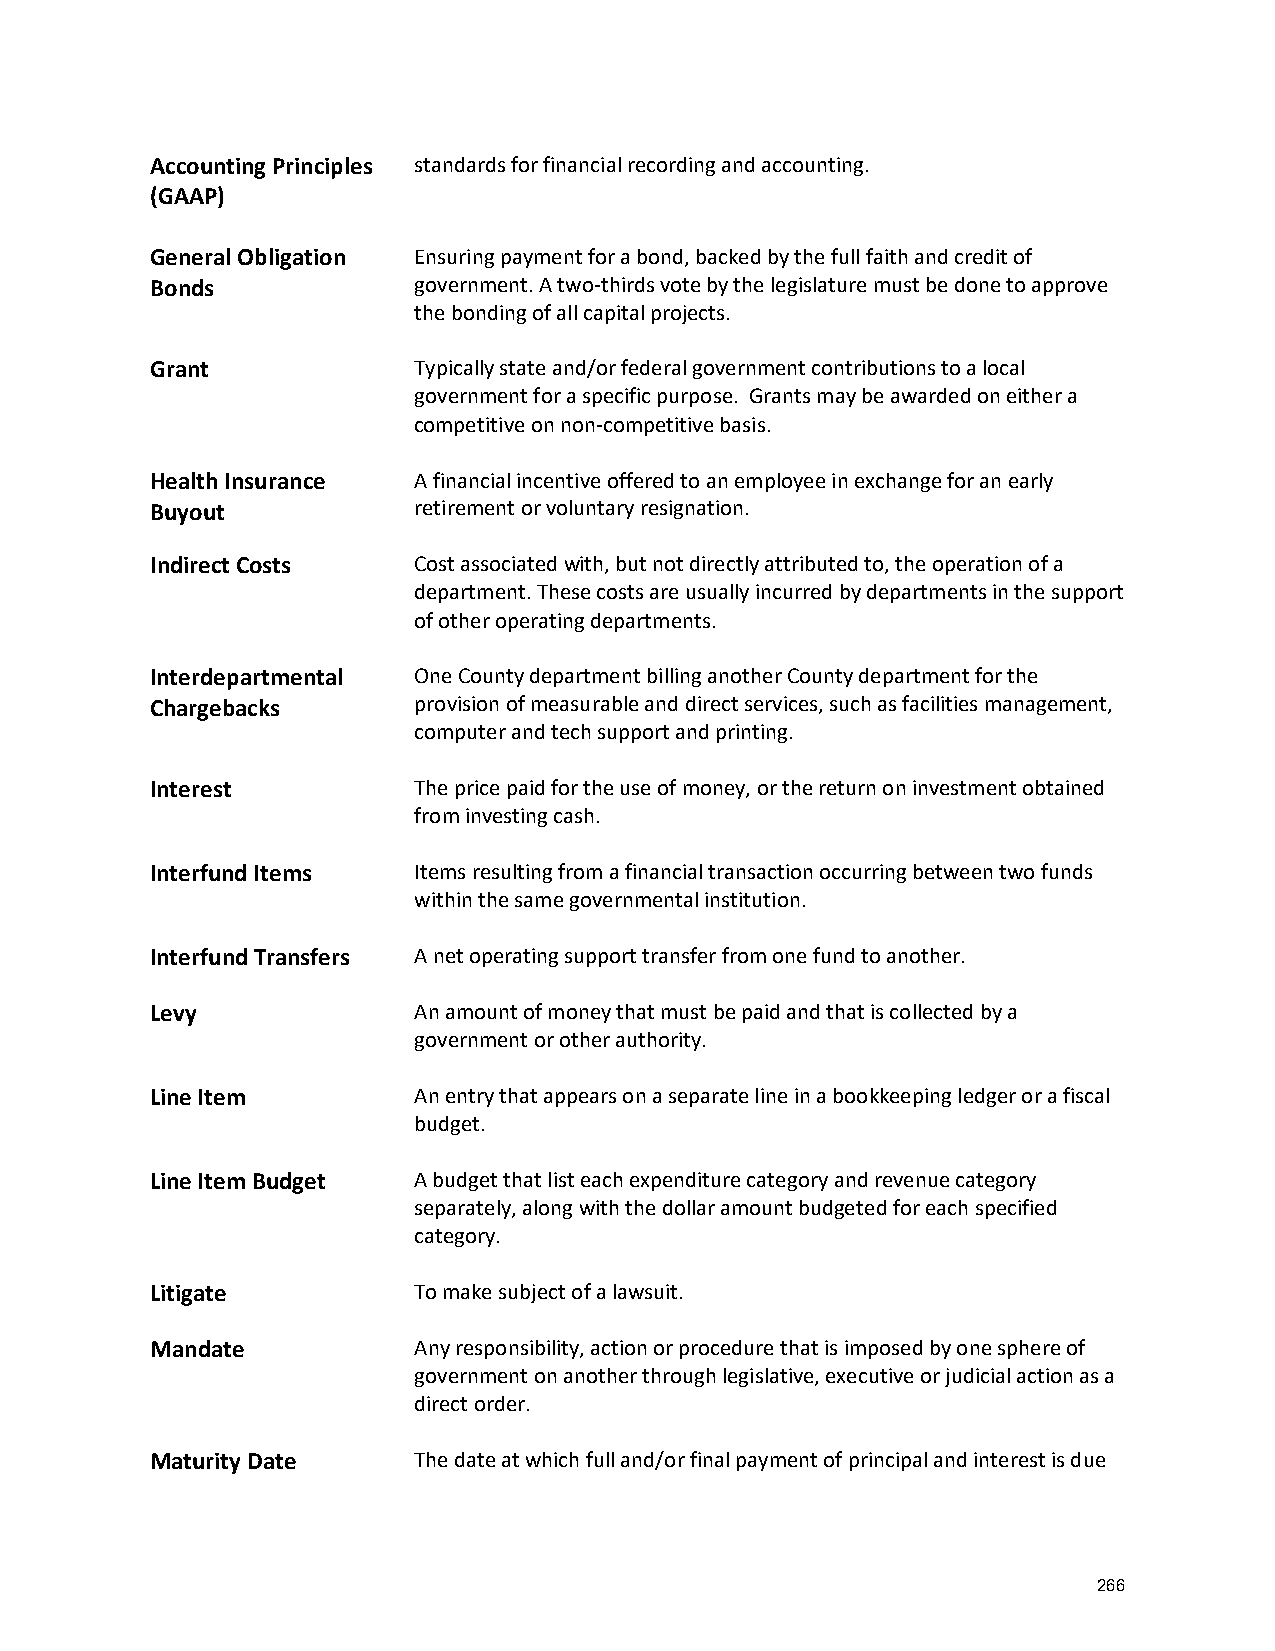
Accounting Principles standards for financial recording and accounting.
 (GAAP)
 General Obligation Ensuring payment for a bond, backed by the full faith and credit of
 Bonds            government. A two-thirds vote by the legislature must be done to approve
 the bonding of all capital projects.
 Grant            Typically state and/or federal government contributions to a local
 government for a specific purpose. Grants may be awarded on either a
 competitive on non-competitive basis.
 Health Insurance A financial incentive offered to an employee in exchange for an early
 Buyout           retirement or voluntary resignation.
 Indirect Costs   Cost associated with, but not directly attributed to, the operation of a
 department. These costs are usually incurred by departments in the support
 of other operating departments.
 Interdepartmental One County department billing another County department for the
 Chargebacks      provision of measurable and direct services, such as facilities management,
 computer and tech support and printing.
 Interest         The price paid for the use of money, or the return on investment obtained
 from investing cash.
 Interfund Items  Items resulting from a financial transaction occurring between two funds
 within the same governmental institution.
 Interfund Transfers A net operating support transfer from one fund to another.
 Levy             An amount of money that must be paid and that is collected by a
 government or other authority.
 Line Item        An entry that appears on a separate line in a bookkeeping ledger or a fiscal
 budget.
 Line Item Budget A budget that list each expenditure category and revenue category
 separately, along with the dollar amount budgeted for each specified
 category.
 Litigate         To make subject of a lawsuit.
 Mandate          Any responsibility, action or procedure that is imposed by one sphere of
 government on another through legislative, executive or judicial action as a
 direct order.
 Maturity Date    The date at which full and/or final payment of principal and interest is due
 266